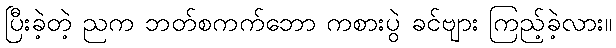
ပြီးခဲ့တဲ့ ညက ဘတ်စကက်ဘော ကစားပွဲ ခင်ဗျား ကြည့်ခဲ့လား။